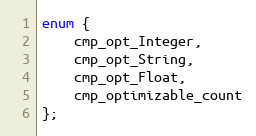
Language: C
enum {
    cmp_opt_Integer,
    cmp_opt_String,
    cmp_opt_Float,
    cmp_optimizable_count
};